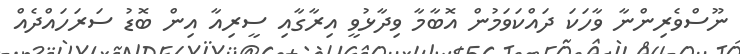
ނޫސްވެރިންނާ ވާހަކަ ދައްކަވަމުން އޮބާމާ ވިދާޅުވީ އިރާގާއި ސީރިއާ އިން ބޮޑު ސަރަަހައްދެއްް